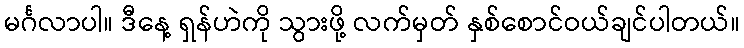
မင်္ဂလာပါ။ ဒီနေ့ ရှန်ဟဲကို သွားဖို့ လက်မှတ် နှစ်စောင်ဝယ်ချင်ပါတယ်။